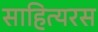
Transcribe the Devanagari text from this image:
साहित्यरस